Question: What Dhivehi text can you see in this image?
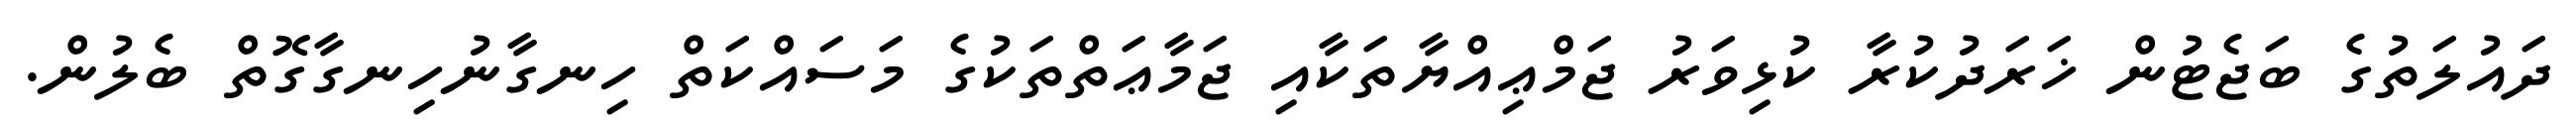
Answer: ދައުލަތުގެ ބަޖެޓުން ޚަރަދުކުރާ ކުޅިވަރު ޖަމްޢިއްޔާތަކާއި ޖަމާޢަތްތަކުގެ މަސައްކަތް ހިނގާނުހިނގާގޮތް ބެލުން.